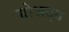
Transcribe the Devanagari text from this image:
ग्रोअट्स